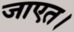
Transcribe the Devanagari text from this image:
जाएत।